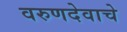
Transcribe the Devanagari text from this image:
वरुणदेवाचे